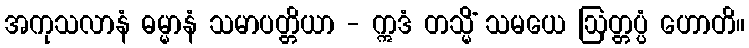
အကုသလာနံ ဓမ္မာနံ သမာပတ္တိယာ - ဣဒံ တသ္မိံ သမယေ ဩတ္တပ္ပံ ဟောတိ။